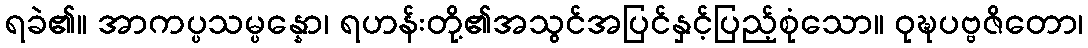
ရခဲ၏။ အာကပ္ပသမ္ပန္နော၊ ရဟန်းတို့၏အသွင်အပြင်နှင့်ပြည့်စုံသော။ ဝုဍ္ဎပဗ္ဗဇိတော၊